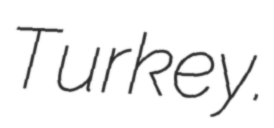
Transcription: Turkey.